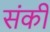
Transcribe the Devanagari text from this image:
संकी